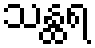
သန္ထရ